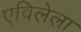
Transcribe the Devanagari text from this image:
एविलेला